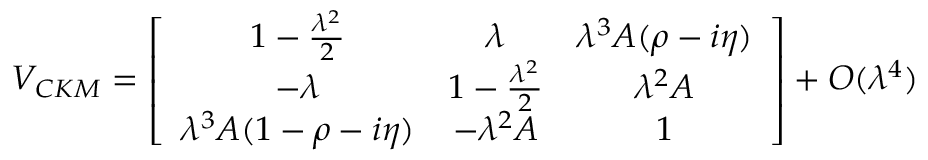
V _ { C K M } = \left[ \begin{array} { c c c } { { 1 - \frac { \lambda ^ { 2 } } { 2 } } } & { { \lambda } } & { { \lambda ^ { 3 } A ( \rho - i \eta ) } } \\ { { - \lambda } } & { { 1 - \frac { \lambda ^ { 2 } } { 2 } } } & { { \lambda ^ { 2 } A } } \\ { { \lambda ^ { 3 } A ( 1 - \rho - i \eta ) } } & { { - \lambda ^ { 2 } A } } & { { 1 } } \end{array} \right] + { \cal { O } } ( \lambda ^ { 4 } )